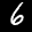
Label: 6